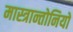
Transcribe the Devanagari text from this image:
मास्त्रान्तोनियो